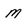
Character: M